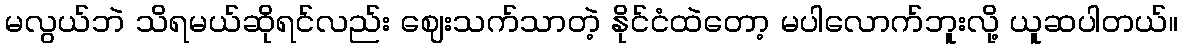
မလွယ်ဘဲ သိရမယ်ဆိုရင်လည်း ဈေးသက်သာတဲ့ နိုင်ငံထဲတော့ မပါလောက်ဘူးလို့ ယူဆပါတယ်။